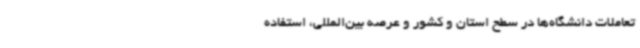
تعاملات دانشگاه‌ها در سطح استان و کشور و عرصه بین‌المللی، استفاده